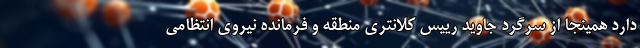
دارد همینجا از سرگرد جاوید رییس کلانتری منطقه و فرمانده نیروی انتظامی